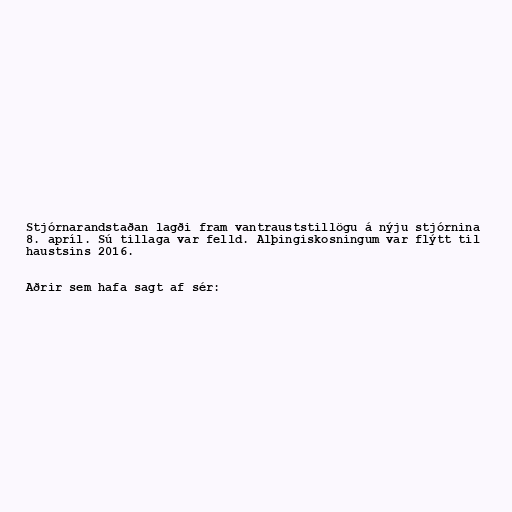
Stjórnarandstaðan lagði fram vantrauststillögu á nýju stjórnina
8. apríl. Sú tillaga var felld. Alþingiskosningum var flýtt til
haustsins 2016.

Aðrir sem hafa sagt af sér: